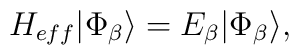
{H_{eff}} |\Phi_{\beta}\rangle = E_{\beta} | \Phi_{\beta}\rangle,